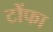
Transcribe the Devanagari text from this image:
टोंफा